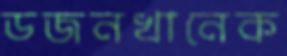
ডজনখানেক